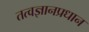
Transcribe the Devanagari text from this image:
तत्वज्ञानप्रधान